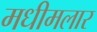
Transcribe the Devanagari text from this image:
मधीमलार